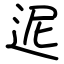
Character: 迡